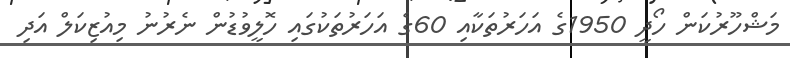
މަޝްހޫރުކަން ހޯދީ 1950ގެ އަހަރުތަކާއި 60ގެ އަހަރުތަކުގައި ހޮލީވުޑުން ނެރުނު މިއުޒިކަލް އަދި